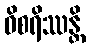
ဝိစရိဿန္တိ